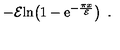
- { \cal E } { \mathrm { l n } } \! \left( 1 - { \mathrm e } ^ { - { \frac { \pi x } { \cal E } } } \right) \ .